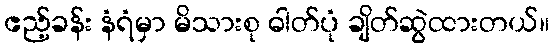
ဧည့်ခန်း နံရံမှာ မိသားစု ဓါတ်ပုံ ချိတ်ဆွဲထားတယ်။